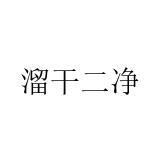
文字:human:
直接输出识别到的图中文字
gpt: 溜干二净